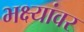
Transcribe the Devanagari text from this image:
भक्ष्यांवर